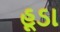
હૂડા